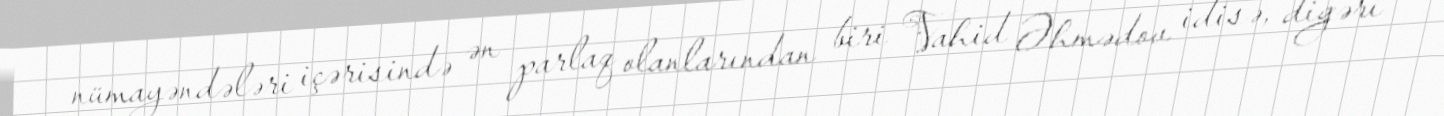
nümayəndələri içərisində ən parlaq olanlarından biri Vahid Əhmədov idisə, digəri